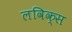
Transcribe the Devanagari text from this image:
लविक्स